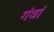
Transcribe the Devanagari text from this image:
गंवां